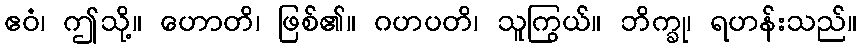
ဧဝံ၊ ဤသို့။ ဟောတိ၊ ဖြစ်၏။ ဂဟပတိ၊ သူကြွယ်။ ဘိက္ခု၊ ရဟန်းသည်။